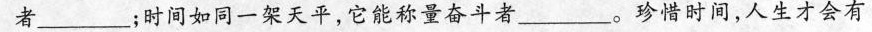
者___；时间如同一架天平，它能称量奋斗者___。珍惜时间，人生才会有